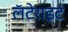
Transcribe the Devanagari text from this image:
लॅटेराइट